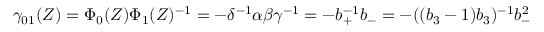
\gamma _ { 0 1 } ( Z ) = \Phi _ { 0 } ( Z ) \Phi _ { 1 } ( Z ) ^ { - 1 } = - \delta ^ { - 1 } \alpha \beta \gamma ^ { - 1 } = - b _ { + } ^ { - 1 } b _ { - } = - ( ( b _ { 3 } - 1 ) b _ { 3 } ) ^ { - 1 } b _ { - } ^ { 2 }